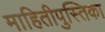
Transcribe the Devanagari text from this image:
माहितीपुस्तिका